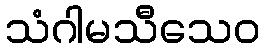
သံဂါမသီသေဝ